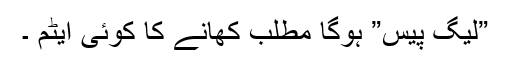
”لیگ پیس” ہوگا مطلب کھانے کا کوئی ایٹم ۔